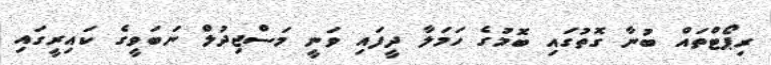
ރިޕޯޓްތައް ބުނާ ގޮތުގައި ބޮމުގެ ހަމަލާ ދީފައި ވަނީ މަސްޖިދުލް ނަބަވީގެ ކައިރީގައި